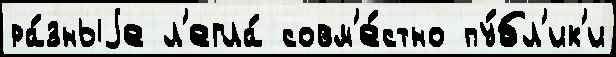
ра́зныjе л'егла́ совм'е́стно пу́бл'ик'и